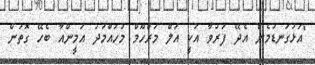
"އަޅުގަނޑުމެން އެދޭ ފަރުވާ އަކީ އަލް މަރްހޫމް މުހައްމަދު އަމީންއާ ބެހޭ ގޮތުން